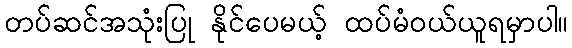
တပ်ဆင်အသုံးပြု နိုင်ပေမယ့် ထပ်မံဝယ်ယူရမှာပါ။